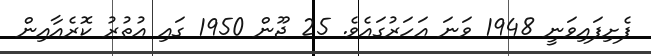
ފެށިފައިވަނީ 1948 ވަނަ އަހަރުގައެވެ. 25 ޖޫން 1950 ގައި އުތުރު ކޮރެއާއިން